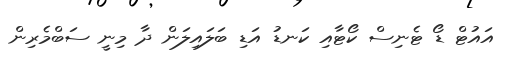
އައުޓް ޑޯ ޓެނިސް ކޯޓާއި ކަނޑު އަޑި ބަލައިލަން ދާ މިނީ ސަބްމެރިން